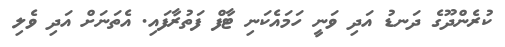
ކުރެންދޫގެ ދަނޑު އަދި ވަނީ ހަމައެކަނި ޓާފް ފަތުރާފައި. އެތަނަށް އަދި ވެލި